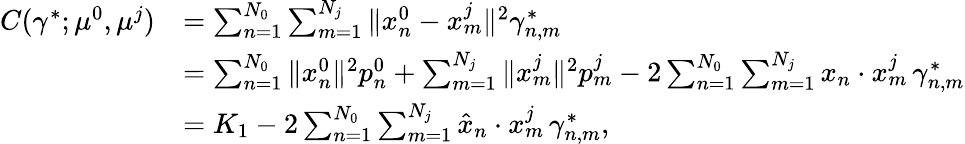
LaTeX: \begin{array}{rl}{C(\gamma^{*};\mu^{0},\mu^{j})}&{=\sum_{n=1}^{N_{0}}\sum_{m=1}^{N_{j}}\| x_{n}^{0}-x_{m}^{j}\| ^{2}\gamma_{n,m}^{*}}\\ &{=\sum_{n=1}^{N_{0}}\| x_{n}^{0}\| ^{2}p_{n}^{0}+\sum_{m=1}^{N_{j}}\| x_{m}^{j}\| ^{2}p_{m}^{j}-2\sum_{n=1}^{N_{0}}\sum_{m=1}^{N_{j}}x_{n}\cdot x_{m}^{j}\, \gamma_{n,m}^{*}}\\ &{=K_{1}-2\sum_{n=1}^{N_{0}}\sum_{m=1}^{N_{j}}\hat{x}_{n}\cdot x_{m}^{j}\, \gamma_{n,m}^{*},}\end{array}